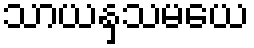
သာယနှသမယေ